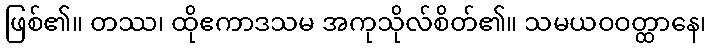
ဖြစ်၏။ တဿ၊ ထိုဧကာဒသမ အကုသိုလ်စိတ်၏။ သမယဝဝတ္ထာနေ၊